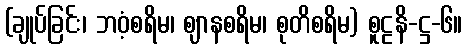
(ချုပ်ခြင်း၊ ဘဝံ့စရိမ၊ ဈာနစရိမ၊ စုတိစရိမ) စူဠနိ-ဋ္ဌ-၆။